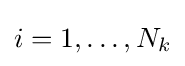
i=1,\ldots ,N_{k}